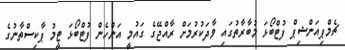
ޗެމްޕިއަންޝިޕް ފުޓްބޯޅަ މުބާރާތުގައި ވާދަކުރުމަށް ރާއްޖޭގެ ގައުމީ އަންހެން ފުޓްބޯޅަ ޓީމު ޕާކިސްތާނުގެ